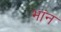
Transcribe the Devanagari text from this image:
भांन